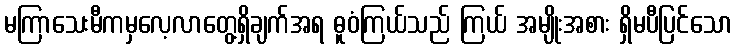
မကြာသေးမီကမှလေ့လာတွေ့ရှိချက်အရ ဓူဝံကြယ်သည် ကြယ် အမျိုးအစား ရှိမပီပြင်သော